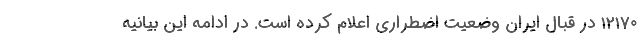
۱۲۱۷۰ در قبال ایران وضعیت اضطراری اعلام کرده است. در ادامه این بیانیه